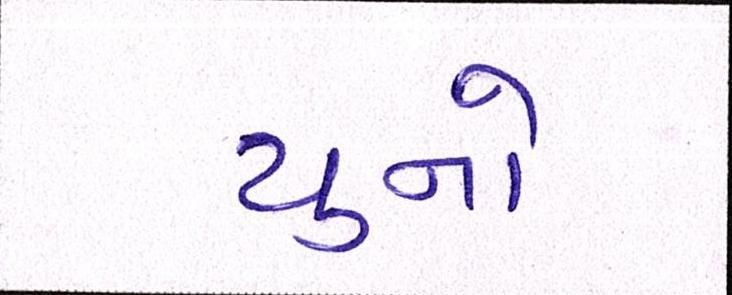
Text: ચુનો